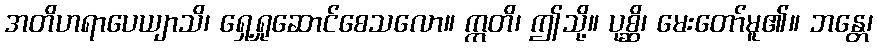
အတိဟရာပေယျာသိ၊ ရှေ့ရှုဆောင်စေသလော။ ဣတိ၊ ဤသို့။ ပုစ္ဆိ၊ မေးတော်မူ၏။ ဘန္တေ၊